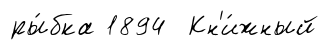
ры́бка 1894 Кн'и́жный